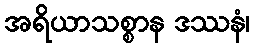
အရိယာသစ္စာန ဒဿနံ၊